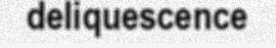
deliquescence